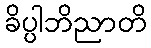
ခိပ္ပါဘိညာတိ